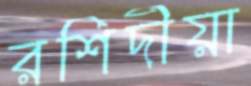
রশিদীয়া